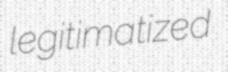
legitimatized